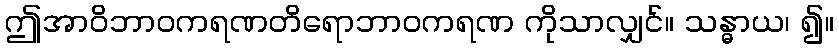
ဤအာဝိဘာဝကရဏတိရောဘာဝကရဏ ကိုသာလျှင်။ သန္ဓာယ၊ ၍။